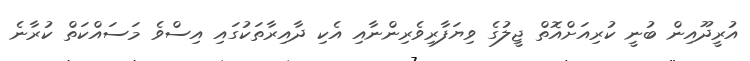
އުރީދޫއިން ބުނީ ކުރިއަށްއޮތް ޖީލުގެ ވިޔަފާރިވެރިންނާއި އެކި ދާއިރާތަކުގައި އިސްވެ މަސައްކަތް ކުރާނެ